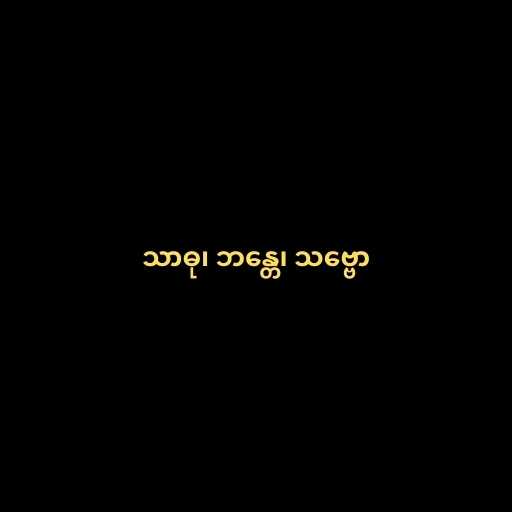
သာဓု၊ ဘန္တေ၊ သဗ္ဗော